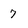
Character: 7